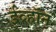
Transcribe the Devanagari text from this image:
ईव्हॉन